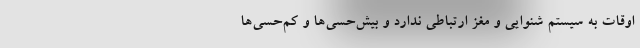
اوقات به سیستم شنوایی و مغز ارتباطی ندارد و بیش‌حسی‌ها و کم‌حسی‌ها